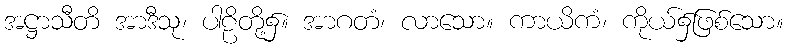
အဋ္ဌာသီတိ အာဒီသု၊ ပါဠိတို့၌။ အာဂတံ၊ လာသော။ ကာယိကံ၊ ကိုယ်၌ဖြစ်သော။